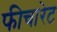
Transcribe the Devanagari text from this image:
फीचारेट